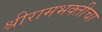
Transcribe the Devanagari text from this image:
श्रीरामभक्तीचा